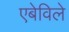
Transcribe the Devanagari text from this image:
एबेविले